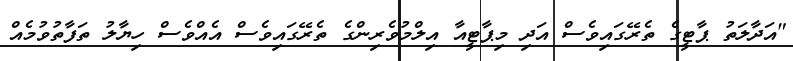
"އަދާލަތު ޕާޓީގެ ތެރޭގައިވެސް އަދި މިޕާޓީއާ އިލްމުވެރިންގެ ތެރޭގައިވެސް އެއްވެސް ހިޔާލު ތަފާތުވުމެއް